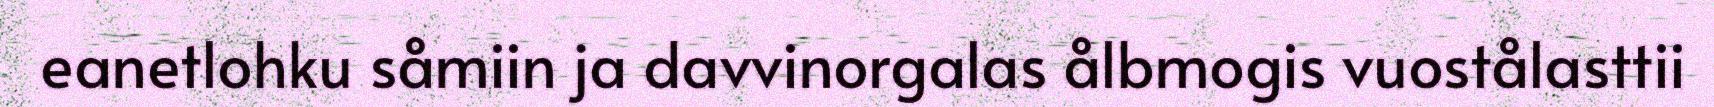
eanetlohku såmiin ja davvinorgalas ålbmogis vuostålasttii